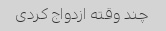
چند وقته ازدواج کردی